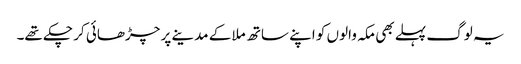
یہ لوگ پہلے بھی مکہ والوں کو اپنے ساتھ ملا کے مدینے پر چڑھائی کر چکے تھے۔